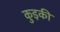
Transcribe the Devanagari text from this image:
कुइकी